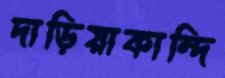
দাড়িয়াকান্দি